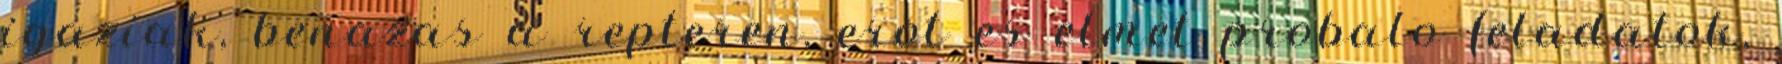
igaziak, benazas a repteren, erot es elmet probalo feladatok,